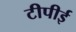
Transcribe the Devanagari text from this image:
टीपीई